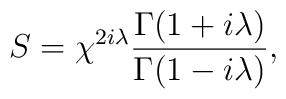
S=\chi ^{2i\lambda }\frac {\Gamma (1+i\lambda )}{\Gamma (1-i\lambda)},